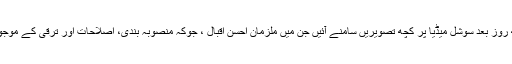
اس گھناؤنے واقعے کے کچھ روز بعد سوشل میڈیا پر کچھ تصویریں سامنے آئیں جن میں ملزمان احسن اقبال ، جوکہ منصوبہ بندی، اصلاحات اور ترقی کے موجودہ وزیر ہیں، کے ساتھ تھے۔